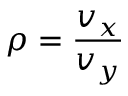
\rho = \frac { v _ { x } } { v _ { y } }